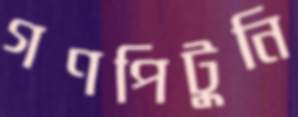
গণপিটুনি